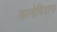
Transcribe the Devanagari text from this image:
कानोबियाना